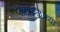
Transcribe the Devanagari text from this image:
रामफळाच्या